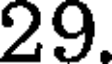
29.